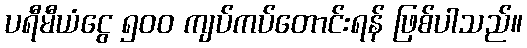
ပရီမီယံငွေ ၅၀၀ ကျပ်ကပ်တောင်းရန် ဖြစ်ပါသည်။